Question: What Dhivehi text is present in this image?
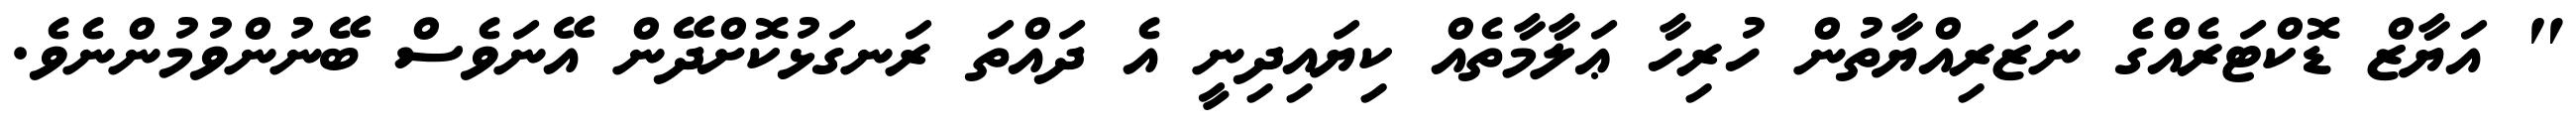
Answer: " އަޔާޒް ޑޮކްޓަރެއްގެ ނަޒަރިއްޔާތުން ހުރިހާ ޢަލާމާތެއް ކިޔައިދިނީ އެ ދައްތަ ރަނގަޅުކޮށްދޭން އޭނަވެސް ބޭނުންވުމުންނެވެ.